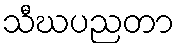
သီဃပညတာ